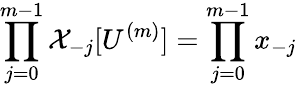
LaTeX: \prod_{j=0}^{m-1}\mathcal{X}_{-j}[U^{(m)}]=\prod_{j=0}^{m-1}x_{-j}